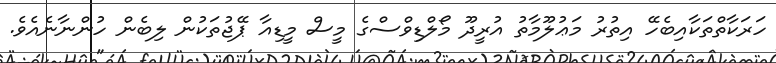
ހަރަކާތްތަކާއިބެހޭ އިތުރު މަޢުލޫމާތު އުރީދޫ މޯލްޑިވްސްގެ މީސް މީޑިއާ ޕޭޖުތަކުން ލިބެން ހުންނާނެއެވެ.